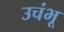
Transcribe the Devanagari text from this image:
उचंभू